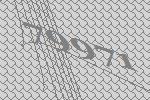
79971